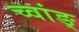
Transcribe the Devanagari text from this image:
च्वांङ्